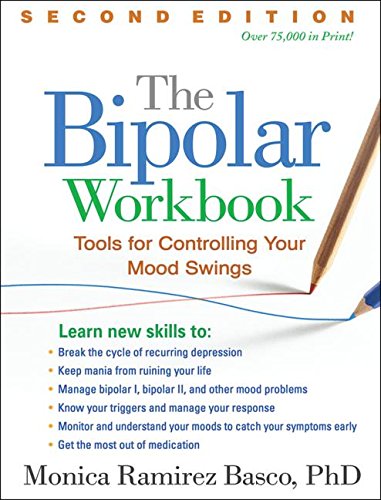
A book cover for The Bipolar Workbook, Second Edition: Tools for Controlling Your Mood Swings; Monica Ramirez Basco PhD; Health, Fitness & Dieting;